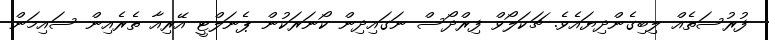
ފުރުސަތެއް ލިބިގެންދިޔައެވެ. ޗަކަލޯވް ފިރްދޯސް ނަގައިދިން ކޯނަރަކުން ޕެނަލްޓީ އޭރިއާ ތެރެއިން ސައިމަން